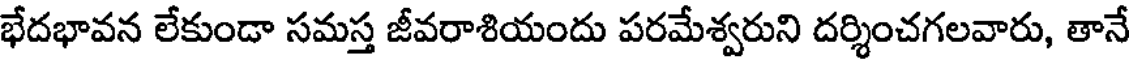
భేదభావన లేకుండా సమస్త జీవరాశియందు పరమేశ్వరుని దర్శించగలవారు, తానే